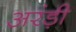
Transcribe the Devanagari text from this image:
अरंड़ी